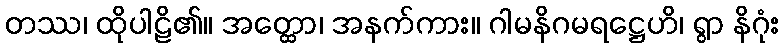
တဿ၊ ထိုပါဠိ၏။ အတ္ထော၊ အနက်ကား။ ဂါမနိဂမရဋ္ဌေဟိ၊ ရွာ နိဂုံး